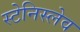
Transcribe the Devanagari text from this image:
स्टेनिस्लेव